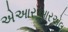
એઆરઆરએલ